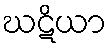
ဃဋိယာ